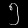
Digit: ၅